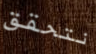
نتحقق